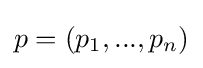
p=(p_{1},...,p_{n})